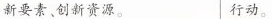
新要素、创新资源。 行动。